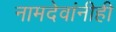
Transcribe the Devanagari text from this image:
नामदेवांनीही